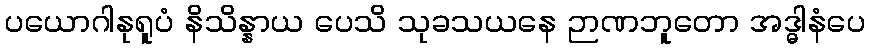
ပယောဂါနုရူပံ နိသိန္နာယ ပေသိ သုခသယနေ ဉာဏဘူတော အဒ္ဓါနံပေ